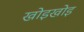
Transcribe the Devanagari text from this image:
खोइखोइ